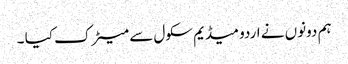
ہم دونوں نے اردو میڈیم سکول سے میٹرک کیا ۔